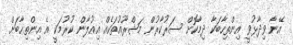
އޭނާ ވިދާޅުވީ އިންތިހާބަކާ ދިމާކޮށް ސަރުކާރުން މަޝްރޫއުތަކެއް އިއުލާން ކުރުމަކީ އެ އިންތިހާބަށް